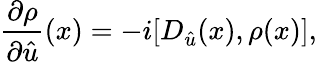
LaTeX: \frac{\partial\rho}{\partial\hat{u}}(x)=-i[D_{\hat{u}}(x),\rho(x)],